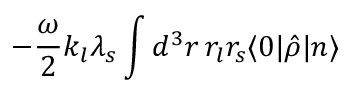
- \frac { \omega } { 2 } k _ { l } \lambda _ { s } \int d ^ { 3 } r \, r _ { l } r _ { s } \langle 0 | \hat { \rho } | n \rangle